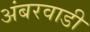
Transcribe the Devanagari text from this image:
अंबरवाडी